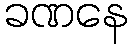
ခဏနေ